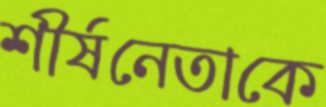
শীর্ষনেতাকে